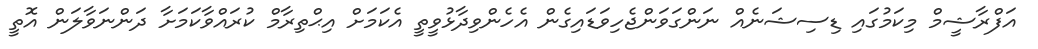
އަފްރާޝީމް މިކަމުގައި ޑިސިޝަނެއް ނަންގަވަންޖެހިވަޑައިގެން އެހެންވިދާޅުވީތީ އެކަމަށް އިޙްތިރާމް ކުރައްވާކަމަށާ ދަންނަވާލަން އޮތީ